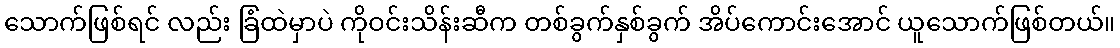
သောက်ဖြစ်ရင် လည်း ခြံထဲမှာပဲ ကိုဝင်းသိန်းဆီက တစ်ခွက်နှစ်ခွက် အိပ်ကောင်းအောင် ယူသောက်ဖြစ်တယ်။